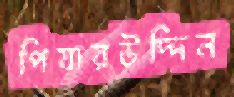
পিয়ারউদ্দিন